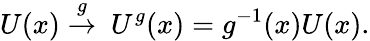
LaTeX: U(x)\stackrel{g}{\rightarrow}\ U^{g}(x)=g^{-1}(x)U(x).